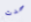
حدث